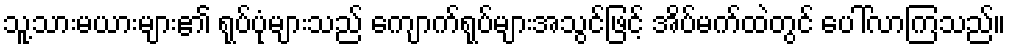
သူ့သားမယားများ၏ ရုပ်ပုံများသည် ကျောက်ရုပ်များအသွင်ဖြင့် အိပ်မက်ထဲတွင် ပေါ်လာကြသည်။